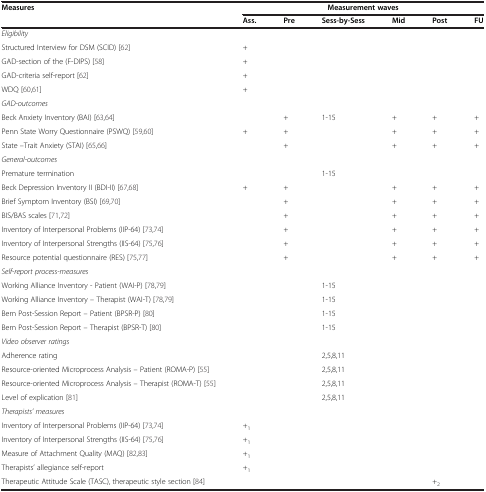
<table><thead><tr><td><b>Measures</b></td><td colspan="6"><b>Measurement waves</b></td></tr><tr><td><b> </b></td><td><b>Ass.</b></td><td><b>Pre</b></td><td><b>Sess-by-Sess</b></td><td><b>Mid</b></td><td><b>Post</b></td><td><b>FU</b></td></tr></thead><tbody><tr><td colspan="7"><i>Eligibility</i></td></tr><tr><td>Structured Interview for DSM (SCID) [62]</td><td>+</td><td> </td><td> </td><td> </td><td> </td><td> </td></tr><tr><td>GAD-section of the (F-DIPS) [58]</td><td>+</td><td> </td><td> </td><td> </td><td> </td><td> </td></tr><tr><td>GAD-criteria self-report [62]</td><td>+</td><td> </td><td> </td><td> </td><td> </td><td> </td></tr><tr><td>WDQ [60,61]</td><td>+</td><td> </td><td> </td><td> </td><td> </td><td> </td></tr><tr><td colspan="7"><i>GAD-outcomes</i></td></tr><tr><td>Beck Anxiety Inventory (BAI) [63,64]</td><td> </td><td>+</td><td>1-15</td><td>+</td><td>+</td><td>+</td></tr><tr><td>Penn State Worry Questionnaire (PSWQ) [59,60]</td><td>+</td><td>+</td><td> </td><td>+</td><td>+</td><td>+</td></tr><tr><td>State –Trait Anxiety (STAI) [65,66]</td><td> </td><td>+</td><td> </td><td>+</td><td>+</td><td>+</td></tr><tr><td colspan="7"><i>General-outcomes</i></td></tr><tr><td>Premature termination</td><td> </td><td> </td><td>1-15</td><td> </td><td> </td><td> </td></tr><tr><td>Beck Depression Inventory II (BDI-II) [67,68]</td><td>+</td><td>+</td><td> </td><td>+</td><td>+</td><td>+</td></tr><tr><td>Brief Symptom Inventory (BSI) [69,70]</td><td> </td><td>+</td><td> </td><td>+</td><td>+</td><td>+</td></tr><tr><td>BIS/BAS scales [71,72]</td><td> </td><td>+</td><td> </td><td>+</td><td>+</td><td>+</td></tr><tr><td>Inventory of Interpersonal Problems (IIP-64) [73,74]</td><td> </td><td>+</td><td> </td><td>+</td><td>+</td><td>+</td></tr><tr><td>Inventory of Interpersonal Strengths (IIS-64) [75,76]</td><td> </td><td>+</td><td> </td><td>+</td><td>+</td><td>+</td></tr><tr><td>Resource potential questionnaire (RES) [75,77]</td><td> </td><td>+</td><td> </td><td>+</td><td>+</td><td>+</td></tr><tr><td colspan="7"><i>Self-report process-measures</i></td></tr><tr><td>Working Alliance Inventory - Patient (WAI-P) [78,79]</td><td> </td><td> </td><td>1-15</td><td> </td><td> </td><td> </td></tr><tr><td>Working Alliance Inventory – Therapist (WAI-T) [78,79]</td><td> </td><td> </td><td>1-15</td><td> </td><td> </td><td> </td></tr><tr><td>Bern Post-Session Report – Patient (BPSR-P) [80]</td><td> </td><td> </td><td>1-15</td><td> </td><td> </td><td> </td></tr><tr><td>Bern Post-Session Report – Therapist (BPSR-T) [80]</td><td> </td><td> </td><td>1-15</td><td> </td><td> </td><td> </td></tr><tr><td colspan="7"><i>Video observer ratings</i></td></tr><tr><td>Adherence rating</td><td> </td><td> </td><td>2,5,8,11</td><td> </td><td> </td><td> </td></tr><tr><td>Resource-oriented Microprocess Analysis – Patient (ROMA-P) [55]</td><td> </td><td> </td><td>2,5,8,11</td><td> </td><td> </td><td> </td></tr><tr><td>Resource-oriented Microprocess Analysis – Therapist (ROMA-T) [55]</td><td> </td><td> </td><td>2,5,8,11</td><td> </td><td> </td><td> </td></tr><tr><td>Level of explication [81]</td><td> </td><td> </td><td>2,5,8,11</td><td> </td><td> </td><td> </td></tr><tr><td colspan="7"><i>Therapists’ measures</i></td></tr><tr><td>Inventory of Interpersonal Problems (IIP-64) [73,74]</td><td>+<sub>1</sub></td><td> </td><td> </td><td> </td><td> </td><td> </td></tr><tr><td>Inventory of Interpersonal Strengths (IIS-64) [75,76]</td><td>+<sub>1</sub></td><td> </td><td> </td><td> </td><td> </td><td> </td></tr><tr><td>Measure of Attachment Quality (MAQ) [82,83]</td><td>+<sub>1</sub></td><td> </td><td> </td><td> </td><td> </td><td> </td></tr><tr><td>Therapists’ allegiance self-report</td><td>+<sub>1</sub></td><td> </td><td> </td><td> </td><td> </td><td> </td></tr><tr><td>Therapeutic Attitude Scale (TASC), therapeutic style section [84]</td><td> </td><td> </td><td> </td><td> </td><td>+<sub>2</sub></td><td> </td></tr></tbody></table>